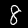
Digit: 8